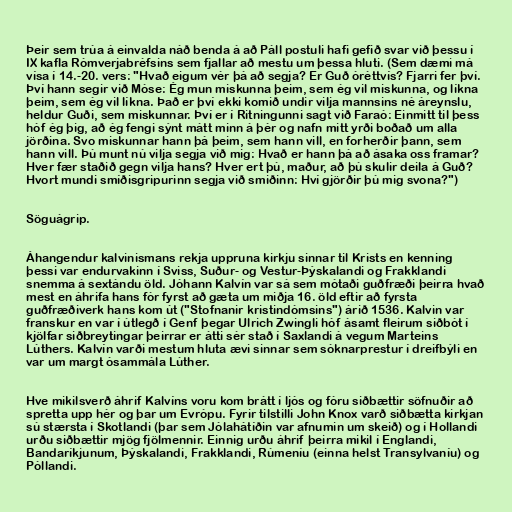
Þeir sem trúa á einvalda náð benda á að Páll postuli hafi gefið svar við þessu í
IX kafla Rómverjabréfsins sem fjallar að mestu um þessa hluti. (Sem dæmi má
vísa í 14.-20. vers: "Hvað eigum vér þá að segja? Er Guð óréttvís? Fjarri fer því.
Því hann segir við Móse: Ég mun miskunna þeim, sem ég vil miskunna, og líkna
þeim, sem ég vil líkna. Það er því ekki komið undir vilja mannsins né áreynslu,
heldur Guði, sem miskunnar. Því er í Ritningunni sagt við Faraó: Einmitt til þess
hóf ég þig, að ég fengi sýnt mátt minn á þér og nafn mitt yrði boðað um alla
jörðina. Svo miskunnar hann þá þeim, sem hann vill, en forherðir þann, sem
hann vill. Þú munt nú vilja segja við mig: Hvað er hann þá að ásaka oss framar?
Hver fær staðið gegn vilja hans? Hver ert þú, maður, að þú skulir deila á Guð?
Hvort mundi smíðisgripurinn segja við smiðinn: Hví gjörðir þú mig svona?")

Söguágrip.

Áhangendur kalvinismans rekja uppruna kirkju sinnar til Krists en kenning
þessi var endurvakinn í Sviss, Suður- og Vestur-Þýskalandi og Frakklandi
snemma á sextándu öld. Jóhann Kalvín var sá sem mótaði guðfræði þeirra hvað
mest en áhrifa hans fór fyrst að gæta um miðja 16. öld eftir að fyrsta
guðfræðiverk hans kom út ("Stofnanir kristindómsins") árið 1536. Kalvin var
franskur en var í útlegð í Genf þegar Ulrich Zwingli hóf ásamt fleirum siðbót í
kjölfar siðbreytingar þeirrar er átti sér stað í Saxlandi á vegum Marteins
Lúthers. Kalvín varði mestum hluta ævi sinnar sem sóknarprestur í dreifbýli en
var um margt ósammála Lúther.

Hve mikilsverð áhrif Kalvíns voru kom brátt í ljós og fóru siðbættir söfnuðir að
spretta upp hér og þar um Evrópu. Fyrir tilstilli John Knox varð siðbætta kirkjan
sú stærsta í Skotlandi (þar sem Jólahátíðin var afnumin um skeið) og í Hollandi
urðu siðbættir mjög fjölmennir. Einnig urðu áhrif þeirra mikil í Englandi,
Bandaríkjunum, Þýskalandi, Frakklandi, Rúmeníu (einna helst Transylvaníu) og
Póllandi.